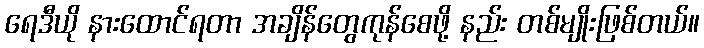
ရေဒီယို နားထောင်ရတာ အချိန်တွေကုန်စေဖို့ နည်း တစ်မျိုးဖြစ်တယ်။